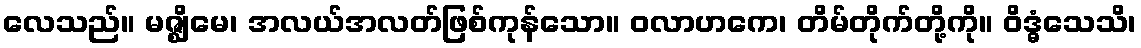
လေသည်။ မဇ္ဈိမေ၊ အလယ်အလတ်ဖြစ်ကုန်သော။ ဝလာဟကေ၊ တိမ်တိုက်တို့ကို။ ဝိဒ္ဓံသေသိ၊